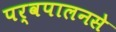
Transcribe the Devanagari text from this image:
पर्वपालनसे